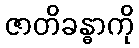
ဇာတိခန္ဓာကို